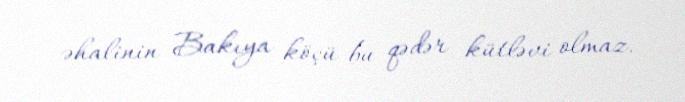
əhalinin Bakıya köçü bu qədər kütləvi olmaz.